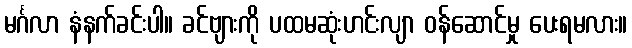
မင်္ဂလာ နံနက်ခင်းပါ။ ခင်ဗျားကို ပထမဆုံးဟင်းလျာ ဝန်ဆောင်မှု ပေးရမလား။